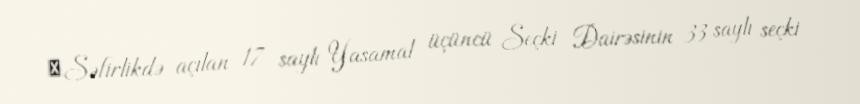
‪Səfirlikdə açılan 17 saylı Yasamal üçüncü Seçki Dairəsinin 33 saylı seçki